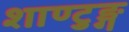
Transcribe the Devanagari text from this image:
शाण्टुङ्ग